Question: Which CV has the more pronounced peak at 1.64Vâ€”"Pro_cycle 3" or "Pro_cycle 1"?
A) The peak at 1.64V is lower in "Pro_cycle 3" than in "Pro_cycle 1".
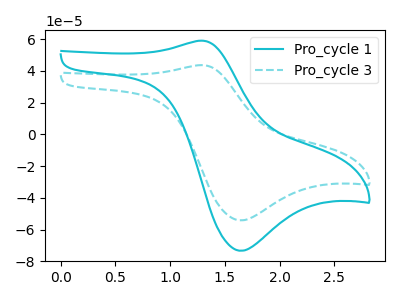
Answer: <think>The cyan curve "Pro_cycle 1" has an anodic peak at (1.30V, 59.00uA) and a cathodic peak at (1.65V, -73.40uA). The cyan dashed curve "Pro_cycle 3" has an anodic peak at (1.30V, 43.60uA) and a cathodic peak at (1.65V, -54.25uA).</think>
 <answer>A) The peak at 1.64V is lower in "Pro_cycle 3" than in "Pro_cycle 1".</answer>
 <eval>A</eval>